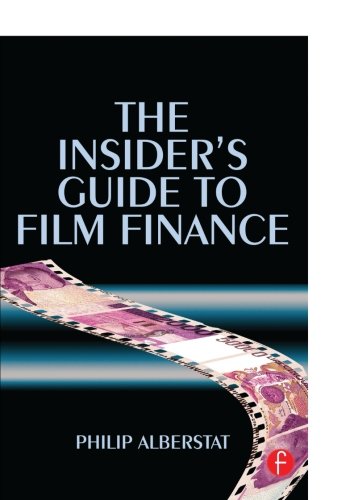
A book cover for The Insider's Guide to Film Finance; Philip Alberstat; Humor & Entertainment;